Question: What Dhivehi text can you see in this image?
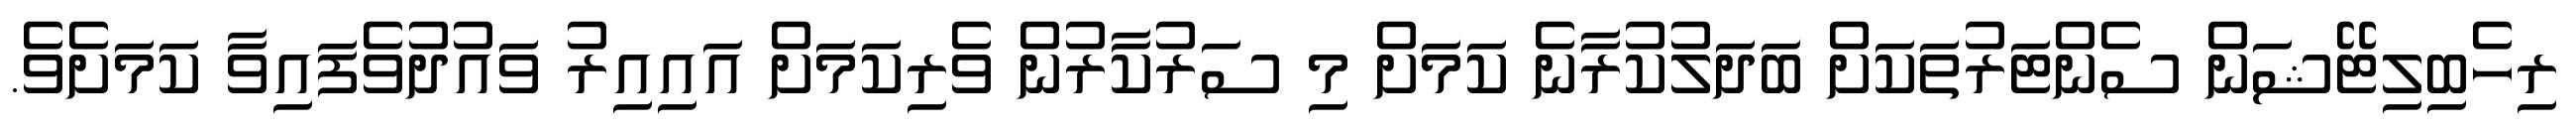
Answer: ރިހެބިލިޓޭޝަން ސެންޓަރުތަކަށް ބަދަލުކުރާނެ ކަމަށް މި ސަރުކާރުން ވެރިކަމަށް އައިއިރު ވައުދުވެފައިވާ ކަމަށެވެ.